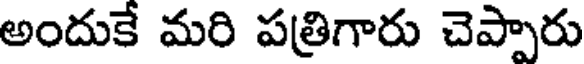
అందుకే మరి పత్రిగారు చెప్పారు